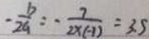
- \frac { b } { 2 a } = - \frac { 7 } { 2 \times ( - 1 ) } = 3 . 5